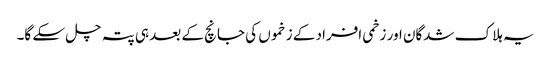
یہ ہلاک شدگان اور زخمی افراد کے زخموں کی جانچ کے بعد ہی پتہ چل سکے گا۔